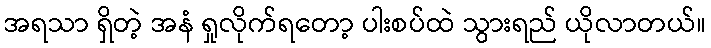
အရသာ ရှိတဲ့ အနံ ရှုလိုက်ရတော့ ပါးစပ်ထဲ သွားရည် ယိုလာတယ်။